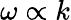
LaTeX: \omega\propto k